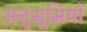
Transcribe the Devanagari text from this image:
अनुभूमियों